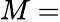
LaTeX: M=